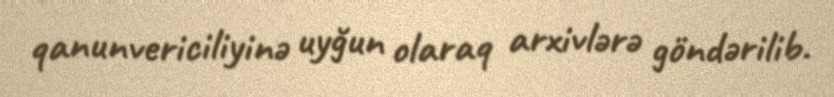
qanunvericiliyinə uyğun olaraq arxivlərə göndərilib.